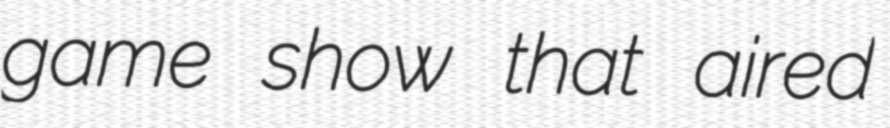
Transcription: game show that aired